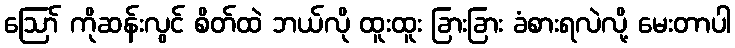
ဪ ကိုဆန်းလွင် စိတ်ထဲ ဘယ်လို ထူးထူး ခြားခြား ခံစားရလဲလို့ မေးတာပါ